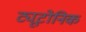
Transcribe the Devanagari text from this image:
ट्यूटोनिक